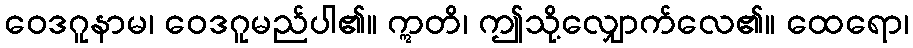
ဝေဒဂူနာမ၊ ဝေဒဂူမည်ပါ၏။ ဣတိ၊ ဤသို့လျှောက်လေ၏။ ထေရော၊